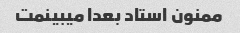
ممنون استاد بعدا میبینمت